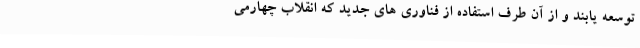
توسعه یابند و از آن طرف استفاده از فناوری های جدید که انقلاب چهارمی